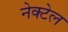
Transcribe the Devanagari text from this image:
नेक्टेल